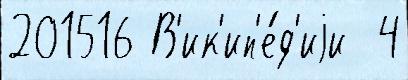
201516 В'ик'ип'е́д'иjи  4